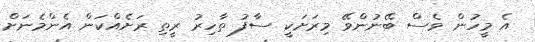
އެ މީހުން ވެސް ބޭނުންވޭ މިރަށަކީ ސާފު ތާހިރު ރީތި ރަށެއްކަން އެންމެނަށް